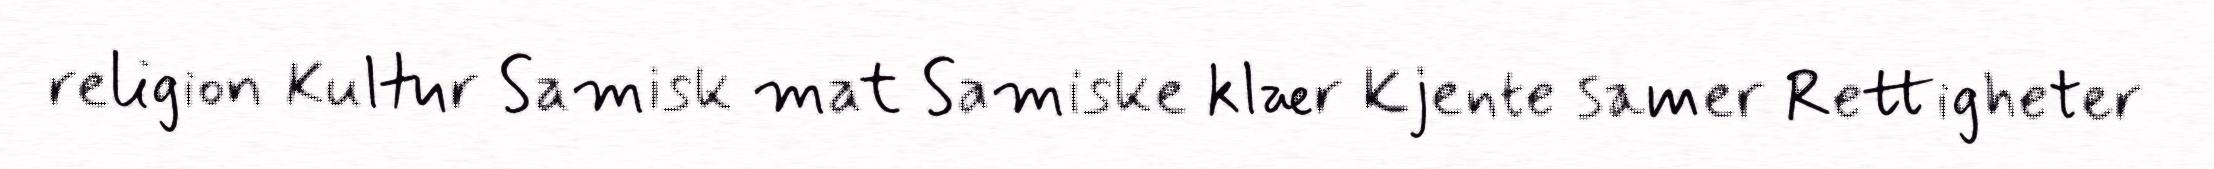
religion Kultur Samisk mat Samiske klær Kjente samer Rettigheter